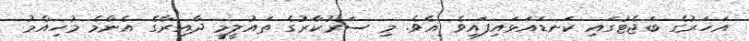
އަހަރުގެ ބަޖެޓުގައި ކަނޑައަޅައިފައިވެ އެވެ. މި ސަރުކާރުގެ ތައުލީމީ ދާއިރާގެ އެންމެ މުހިއްމު